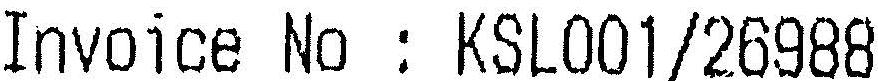
INVOICE NO : KSL001/26988